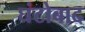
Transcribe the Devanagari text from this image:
घंटोबाद